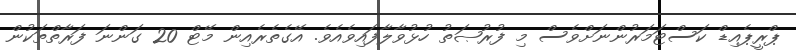
ޕްރީޕެއިޑް ކަސްޓަމަރުންނަށްވެސް މި ފުރުޞަތު ހުޅުވާލާފައިވެއެވެ. އޭގެތެރެއިން މޭޓް 20 ގަންނަ ފަރާތްތަކުން